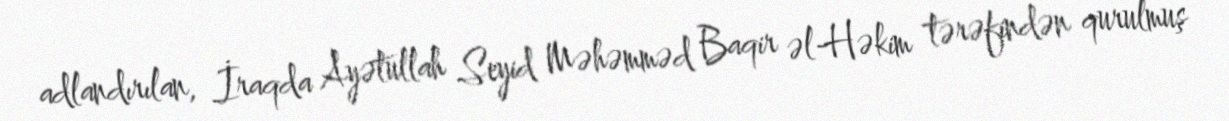
adlandırılan, İraqda Ayətullah Seyid Məhəmməd Baqir əl-Həkim tərəfindən qurulmuş